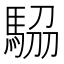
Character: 𩣒